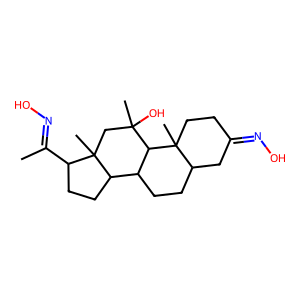
SMILES: CC(=NO)C1CCC2C3CCC4CC(=NO)CCC4(C)C3C(C)(O)CC12C
Inhibits HIV replication: No